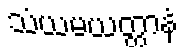
သံယမယတ္တာနံ